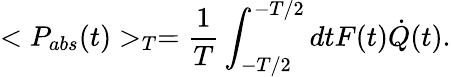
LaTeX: <P_{abs}(t)>_{T}=\frac{1}{T}\int_{-T/2}^{-T/2}dtF(t)\dot{Q}(t).